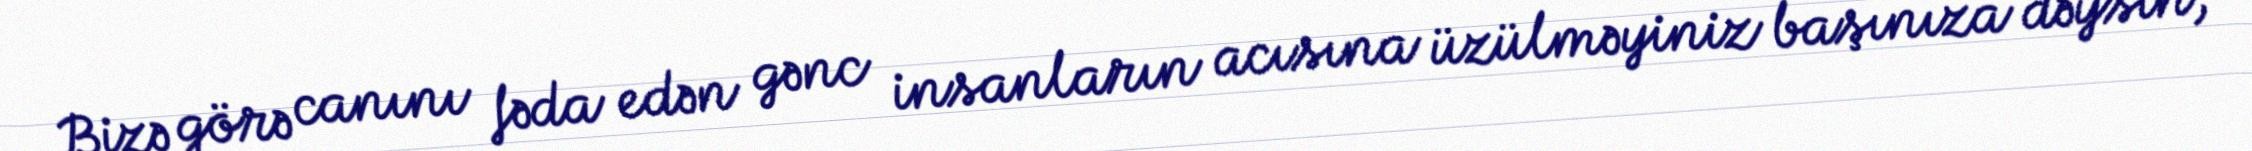
Bizə görə canını fəda edən gənc insanların acısına üzülməyiniz başınıza dəysin,